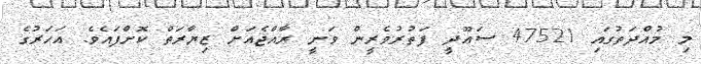
މި މުއްދަތުގައި 47521 ސަޢޫދީ ފަތުރުވެރީން ވަނީ ރާއްޖެއަށް ޒިޔާރަތް ކޮށްފައެވެ. އަހަރުގެ